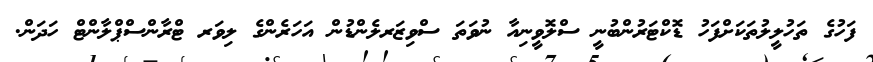
ފަހުގެ ތަހުލީލުތަކަށްފަހު ޑޮކްޓަރުންބުނީ ސްލޮވީނިއާ ނުވަތަ ސްވިޒަރލެންޑުން އަހަރެންގެ ލިވަރ ޓްރާންސްޕްލާންޓް ހަދަން.